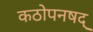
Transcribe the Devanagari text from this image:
कठोपनषद्